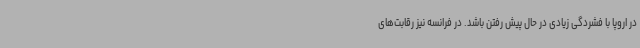
در اروپا با فشردگی زیادی در حال پیش رفتن باشد. در فرانسه نیز رقابت‌های